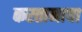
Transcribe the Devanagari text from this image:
करतानाचा